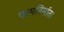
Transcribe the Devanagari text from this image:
परमनिर्माता